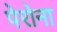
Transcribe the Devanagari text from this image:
पेरोना